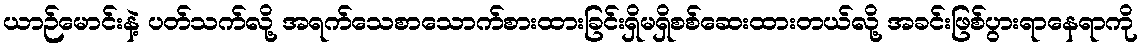
ယာဉ်မောင်းနဲ့ ပတ်သက်လို့ အရက်သေစာသောက်စားထားခြင်းရှိမရှိစစ်ဆေးထားတယ်လို့ အခင်းဖြစ်ပွားရာနေရာကို